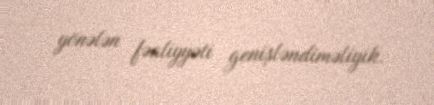
yönələn fəaliyyəti genişləndiməliyik.